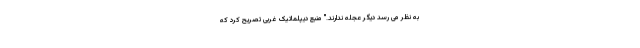
به نظر می رسد دیگر عجله ندارند." منبع دیپلماتیک غربی تصریح کرد که